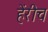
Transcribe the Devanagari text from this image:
हेंरीच